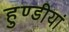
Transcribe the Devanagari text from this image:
हुण्डीयां